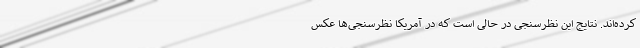
کرده‌اند. نتایج این نظرسنجی در حالی است که در آمریکا نظرسنجی‌ها عکس